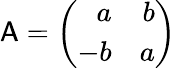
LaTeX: {\sf A}=\left(\begin{array}{rr}{{a}}&{{b}}\\ {{-b}}&{{a}}\end{array}\right)